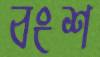
বংশ